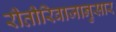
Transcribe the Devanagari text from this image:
रीतीरिवाजानुसार